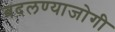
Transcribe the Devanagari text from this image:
बदलण्याजोगी